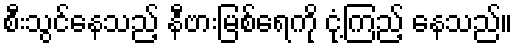
စီးသွင်နေသည့် နီဗားမြစ်ရေကို ငုံ့ကြည့် နေသည်။